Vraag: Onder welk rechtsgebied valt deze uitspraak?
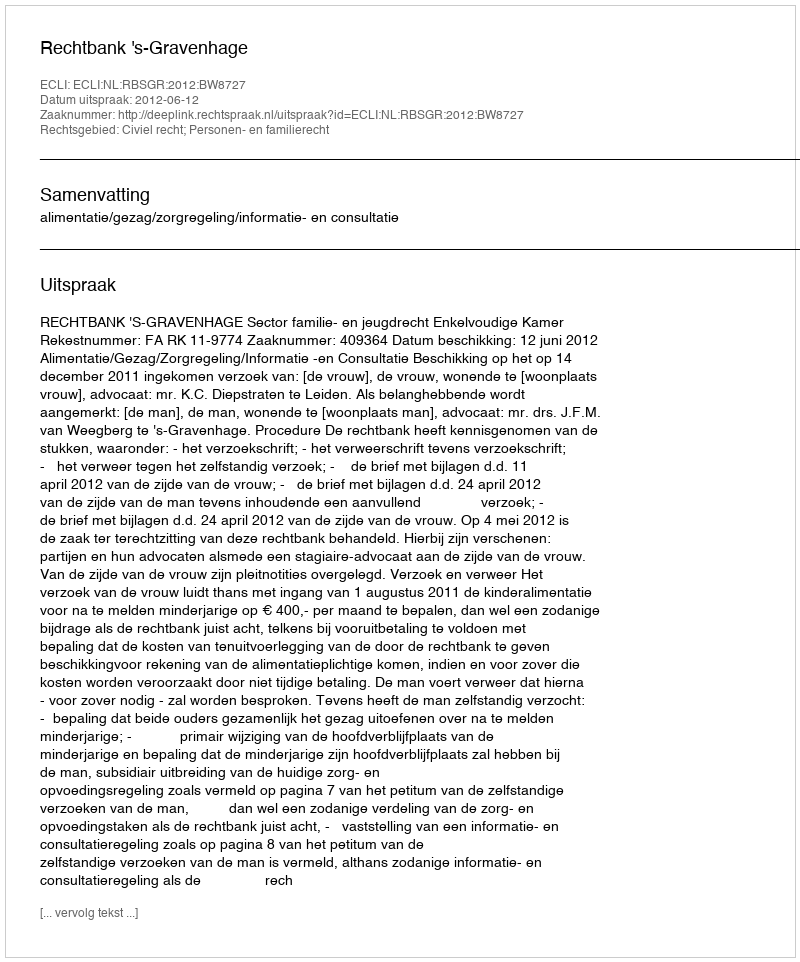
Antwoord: Civiel recht; Personen- en familierecht